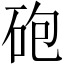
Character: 砲